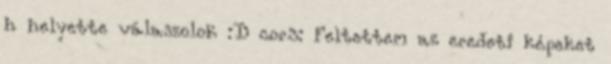
h helyette válaszolok :D cor3: Feltettem az eredeti képeket